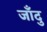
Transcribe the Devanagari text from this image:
जाँदु